Civil Veterinary Dept. Bombay admin report 1893-99 - 1893-1899
Year: 1893
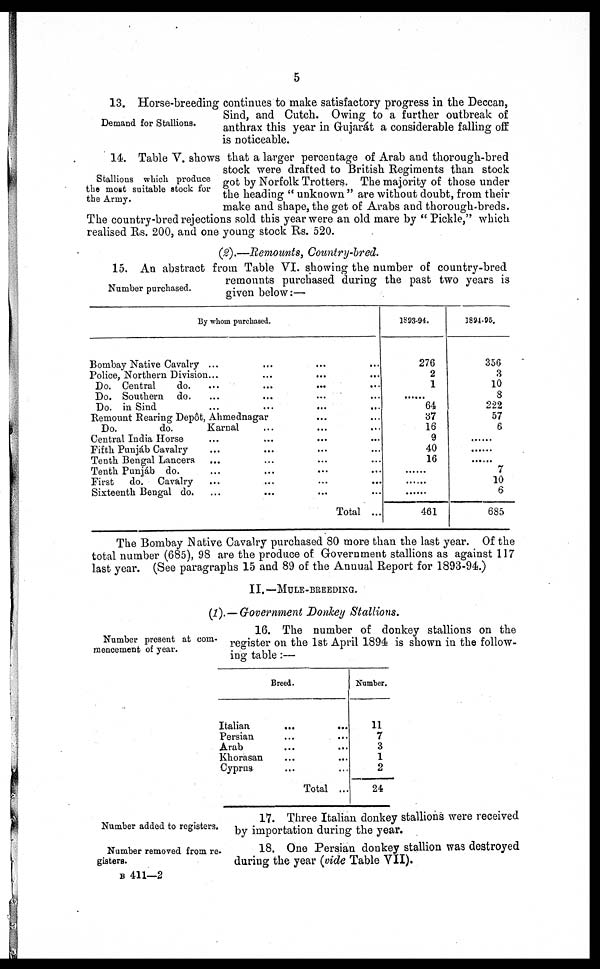
5
Demand for Stallions.
13. Horse-breeding continues to make satisfactory progress in the Deccan,
Sind, and Cutch. Owing to a further outbreak of
anthrax this year in Gujarát a considerable falling off
is noticeable.
Stallions which produce
the most suitable stock for
the Army.
14. Table V. shows that a larger percentage of Arab and thorough-bred
stock were drafted to British Regiments than stock
got by Norfolk Trotters. The majority of those under
the heading " unknown " are without doubt, from their
make and shape, the get of Arabs and thorough-breds.
The country-bred rejections sold this year were an old mare by " Pickle," which
realised Rs. 200, and one young stock Rs. 520.
(2).—Remounts, Country-bred.
Number purchased.
15. An abstract from Table VI. showing the number of country-bred
remounts purchased during the past two years is
given below:—
By whom purchased.
Bombay Native Cavalry ... ... ...
Police, Northern Division ... ... ...
Do. Central
do.
...
...
...
Do. Southern do. ... ... ... ...
Do. in Sind ... ... ... ...
Remount Rearing Depôt, Ahmednagar ...
Do.
do.
Karnal ... ...
Central India Horse ... ... ... ...
Fifth Punjáb Cavalry ... ... ...
Tenth Bengal Lancers ... ... ...
Tenth Punjab do. ... ... ...
First
do. Cavalry ... ... ...
Sixteenth Bengal do. ... ... ...
Total ...
1893-94.
276
2
1
... ...
64
37
16
9
40
16
... ...
... ...
... ...
461
1894-95.
356
3
10
8
222
57
6
... ...
... ...
... ...
7
10
6
685
The Bombay Native Cavalry purchased 80 more than the last year. Of the
total number (685), 98 are the produce of Government stallions as against 117
last year. (See paragraphs 15 and 89 of the Anuual Report for 1893-94.)
II.—MULE-BREEDING.
(2).—Government Donkey Stallions.
Number present at com-
mencement of year.
16. The number of donkey stallions on the
register on the 1st April 1894 is shown in the follow-
ing table:—
Breed.
Italian. ... ...
Persian ... ...
Arab ... ...
Khorasan ... ...
Cyprus ... ...
Total ...
Number.
11
7
3
1
2
24
Number added to registers.
17. Three Italian donkey stallions were received
by importation during the year.
Number removed from re-
gisters.
18. One Persian donkey stallion was destroyed
during the year (vide Table VII).
B 411—2